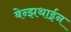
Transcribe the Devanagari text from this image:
बेन्झथाईन